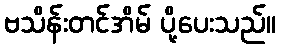
ဗသိန်းတင်အိမ် ပို့ပေးသည်။